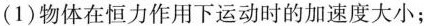
(1)物体在恒力作用下运动时的加速度大小；